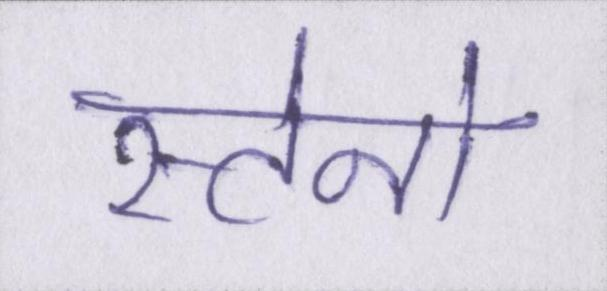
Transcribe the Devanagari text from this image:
स्टेनो